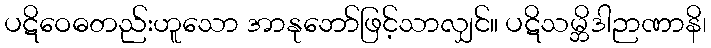
ပဋိဝေဓတည်းဟူသော အာနုဘော်ဖြင့်သာလျှင်။ ပဋိသမ္ဘိဒါဉာဏာနိ၊